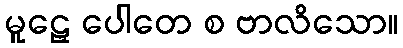
မူဠှေ ပေါတေ စ ဗာလိသော။